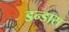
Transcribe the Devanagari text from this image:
डन्डास